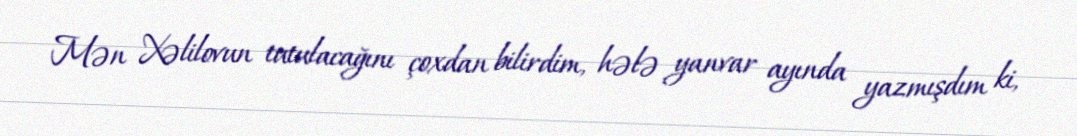
Mən Xəlilovun tutulacağını çoxdan bilirdim, hələ yanvar ayında yazmışdım ki,